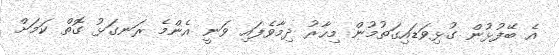
އެ ބޭފުޅުން ގުޅިވަޑައިގަތުމުން މިހާރު ދިމާވެފައި ވަނީ އެންމެ ރަނގަޅު ގޮތް ކަމަށް